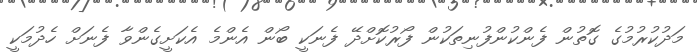
މަދުކުރުމުގެ ގޮތުން ފެންކުންފުނިތަކުން ފޯރުކޮށްދޭ ފެނަކީ ބޯން އެންމެ އެކަށީގެންވާ ފެނަށް ހެދުމަކީ